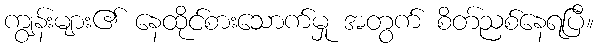
ကျွန်းများ၏ နေထိုင်စားသောက်မှု အတွက် စိတ်ညစ်နေရပြီ။